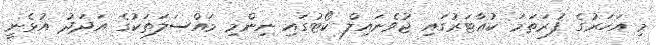
މި އަހަރުގެ ފުރަތަމަ ކުއާޓަރުގައި ޖުވެނައިލް ކޯޓުގައި ނިންމި މައްސަލަތަކުގެ އަދަދު އުޅެނީ